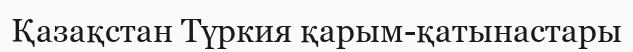
Қазақстан Түркия қарым-қатынастары